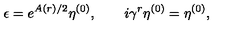
\epsilon = e ^ { A ( r ) / 2 } \eta ^ { ( 0 ) } , \quad \quad i \gamma ^ { r } \eta ^ { ( 0 ) } = \eta ^ { ( 0 ) } ,